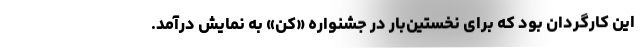
این کارگردان بود که برای نخستین‌بار در جشنواره «کن» به نمایش درآمد.